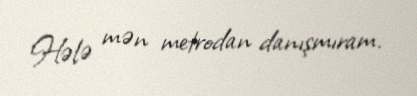
Hələ mən metrodan danışmıram.